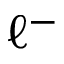
\ell ^ { - }